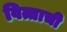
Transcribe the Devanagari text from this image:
वित्ताची